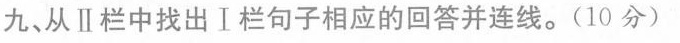
九、从Ⅱ栏中找出Ⅰ栏句子相应的回答并连线.(10 分)